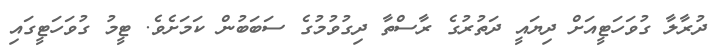
ދުރާލާ ގުވަހަޓީއަށް ދިޔައީ ދަތުރުގެ ރާސްތާ ދިގުވުމުގެ ސަބަބުން ކަމަށެވެ. ޓީމު ގުވަހަޓީގައި